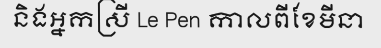
និងអ្នកស្រី Le Pen កាលពីខែមីនា